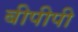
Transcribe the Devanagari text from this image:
बीपीपी